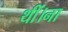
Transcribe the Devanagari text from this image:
थीं।ना